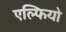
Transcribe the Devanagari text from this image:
एल्फियो